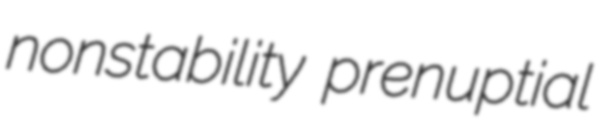
nonstability prenuptial